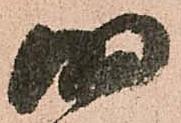
明